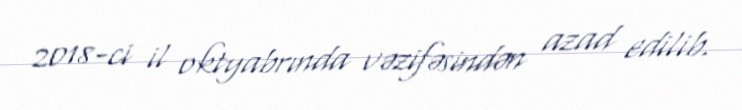
2018-ci il oktyabrında vəzifəsindən azad edilib.